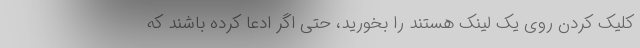
کلیک کردن روی یک لینک هستند را بخورید، حتی اگر ادعا کرده باشند که